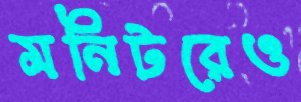
মনিটরেও